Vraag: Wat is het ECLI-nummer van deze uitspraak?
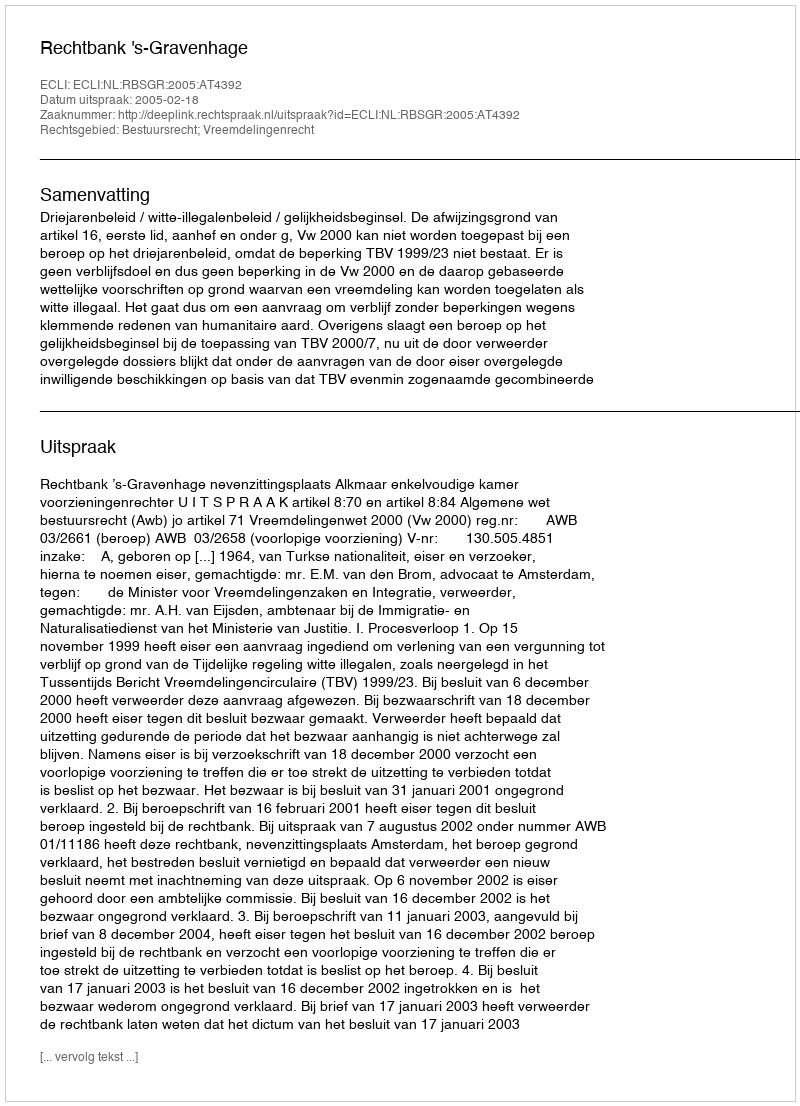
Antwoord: ECLI:NL:RBSGR:2005:AT4392